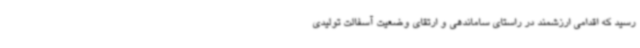
رسید که اقدامی ارزشمند در راستای ساماندهی و ارتقای وضعیت آسفالت تولیدی